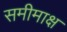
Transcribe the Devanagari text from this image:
समीमाक्ष